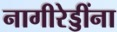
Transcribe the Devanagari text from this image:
नागीरेड्डींना